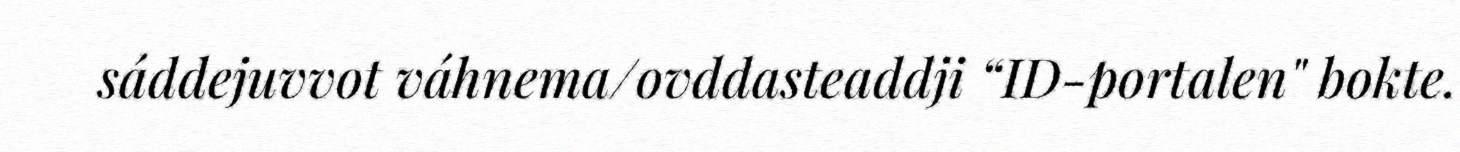
sáddejuvvot váhnema/ovddasteaddji “ID-portalen" bokte.